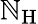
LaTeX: \mathbb{N}_{\mathrm{{H}}}